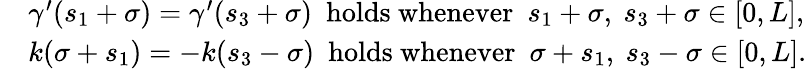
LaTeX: \begin{array}{rl}&{\gamma^{\prime}(s_{1}+\sigma)=\gamma^{\prime}(s_{3}+\sigma)\ \ \mathrm{holds~whenever}\ \ s_{1}+\sigma,\ s_{3}+\sigma\in[0,L],}\\ &{k(\sigma+s_{1})=-k(s_{3}-\sigma)\ \ \mathrm{holds~whenever}\ \ \sigma+s_{1},\ s_{3}-\sigma\in[0,L].}\end{array}